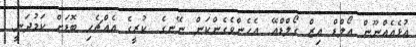
އުޅެއެއްނޫން އޯލްޑް އިޒް ގޯލްޑްއޭ. އެހެންވެގެންކަން ނޭނގެ. ކުރީގެ އެއްޗެހި ބޮޑަށް ކަމުދަނީ.